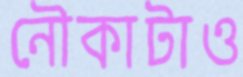
নৌকাটাও